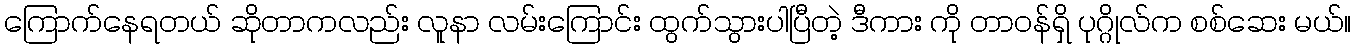
ကြောက်နေရတယ် ဆိုတာကလည်း လူနာ လမ်းကြောင်း ထွက်သွားပါပြီတဲ့ ဒီကား ကို တာဝန်ရှိ ပုဂ္ဂိုလ်က စစ်ဆေး မယ်။